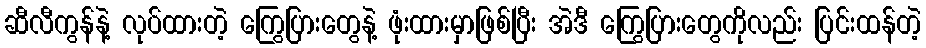
ဆီလီကွန်နဲ့ လုပ်ထားတဲ့ ကြွေပြားတွေနဲ့ ဖုံးထားမှာဖြစ်ပြီး အဲဒီ ကြွေပြားတွေကိုလည်း ပြင်းထန်တဲ့